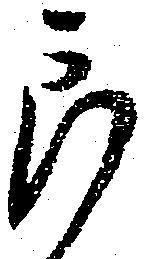
郎